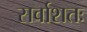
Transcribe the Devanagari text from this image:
सर्वाशतः